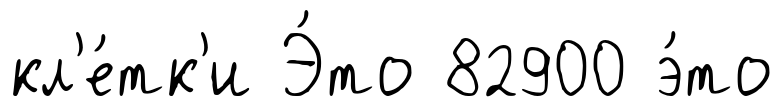
кл'е́тк'и Э́то 82900 э́то